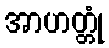
အာဟတ္တုံ